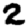
Digit: 2